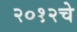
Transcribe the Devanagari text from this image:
२०१२चे